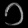
Digit: ၁